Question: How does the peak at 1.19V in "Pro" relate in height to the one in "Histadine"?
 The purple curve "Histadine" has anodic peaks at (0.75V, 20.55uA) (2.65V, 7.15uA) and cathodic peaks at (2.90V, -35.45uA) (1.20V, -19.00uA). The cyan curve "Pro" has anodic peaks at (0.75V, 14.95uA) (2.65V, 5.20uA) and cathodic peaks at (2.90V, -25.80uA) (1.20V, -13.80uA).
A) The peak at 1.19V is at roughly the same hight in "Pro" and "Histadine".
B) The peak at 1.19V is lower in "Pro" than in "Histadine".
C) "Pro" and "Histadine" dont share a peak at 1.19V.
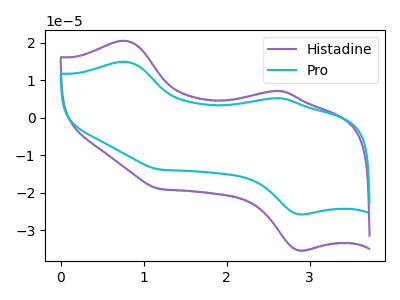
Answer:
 <answer>B) The peak at 1.19V is lower in "Pro" than in "Histadine".</answer>
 <eval>B</eval>